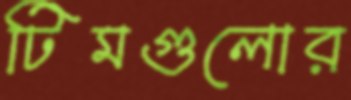
টিমগুলোর